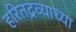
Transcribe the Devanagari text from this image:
हरितद्रव्याच्या